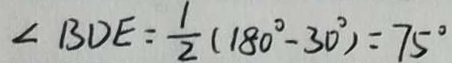
\angle B D E = \frac { 1 } { 2 } ( 1 8 0 ^ { \circ } - 3 0 ^ { \circ } ) = 7 5 ^ { \circ }